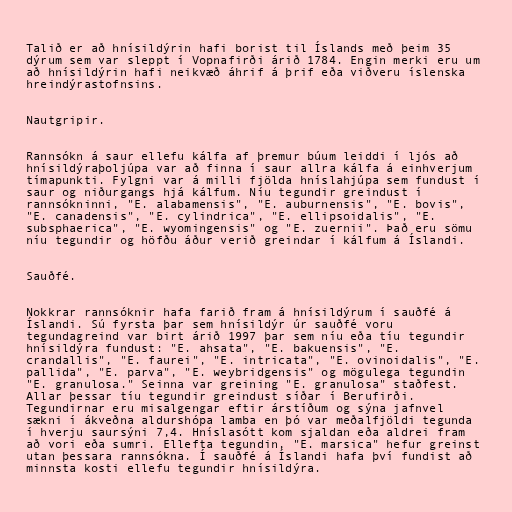
Talið er að hnísildýrin hafi borist til Íslands með þeim 35
dýrum sem var sleppt í Vopnafirði árið 1784. Engin merki eru um
að hnísildýrin hafi neikvæð áhrif á þrif eða viðveru íslenska
hreindýrastofnsins.

Nautgripir.

Rannsókn á saur ellefu kálfa af þremur búum leiddi í ljós að
hnísildýraþoljúpa var að finna í saur allra kálfa á einhverjum
tímapunkti. Fylgni var á milli fjölda hníslahjúpa sem fundust í
saur og niðurgangs hjá kálfum. Níu tegundir greindust í
rannsókninni, "E. alabamensis", "E. auburnensis", "E. bovis",
"E. canadensis", "E. cylindrica", "E. ellipsoidalis", "E.
subsphaerica", "E. wyomingensis" og "E. zuernii". Það eru sömu
níu tegundir og höfðu áður verið greindar í kálfum á Íslandi.

Sauðfé.

Nokkrar rannsóknir hafa farið fram á hnísildýrum í sauðfé á
Íslandi. Sú fyrsta þar sem hnísildýr úr sauðfé voru
tegundagreind var birt árið 1997 þar sem níu eða tíu tegundir
hnísildýra fundust: "E. ahsata", "E. bakuensis", "E.
crandallis", "E. faurei", "E. intricata", "E. ovinoidalis", "E.
pallida", "E. parva", "E. weybridgensis" og mögulega tegundin
"E. granulosa." Seinna var greining "E. granulosa" staðfest.
Allar þessar tíu tegundir greindust síðar í Berufirði.
Tegundirnar eru misalgengar eftir árstíðum og sýna jafnvel
sækni í ákveðna aldurshópa lamba en þó var meðalfjöldi tegunda
í hverju saursýni 7,4. Hníslasótt kom sjaldan eða aldrei fram
að vori eða sumri. Ellefta tegundin, "E. marsica" hefur greinst
utan þessara rannsókna. Í sauðfé á Íslandi hafa því fundist að
minnsta kosti ellefu tegundir hnísildýra.